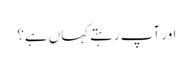
اور آپ رہتے کہاں ہے؟